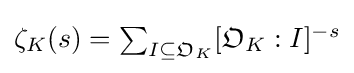
{\textstyle \zeta _{K}(s)=\sum _{I\subseteq {\mathfrak {O}}_{K}}[{\mathfrak {O}}_{K}:I]^{-s}}